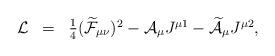
LaTeX: \begin{align*}\begin{array}{lll}\mathcal{L}&=&\frac{1}{4}(\widetilde{\mathcal{F}}_{\mu\nu})^2-\mathcal{A}_\mu J^{\mu1}- \widetilde{\mathcal{A}}_\mu J^{\mu 2},\end{array}\end{align*}